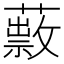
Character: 𦿎